Vabadussoja_Ajaloo_Komitee, lk 24
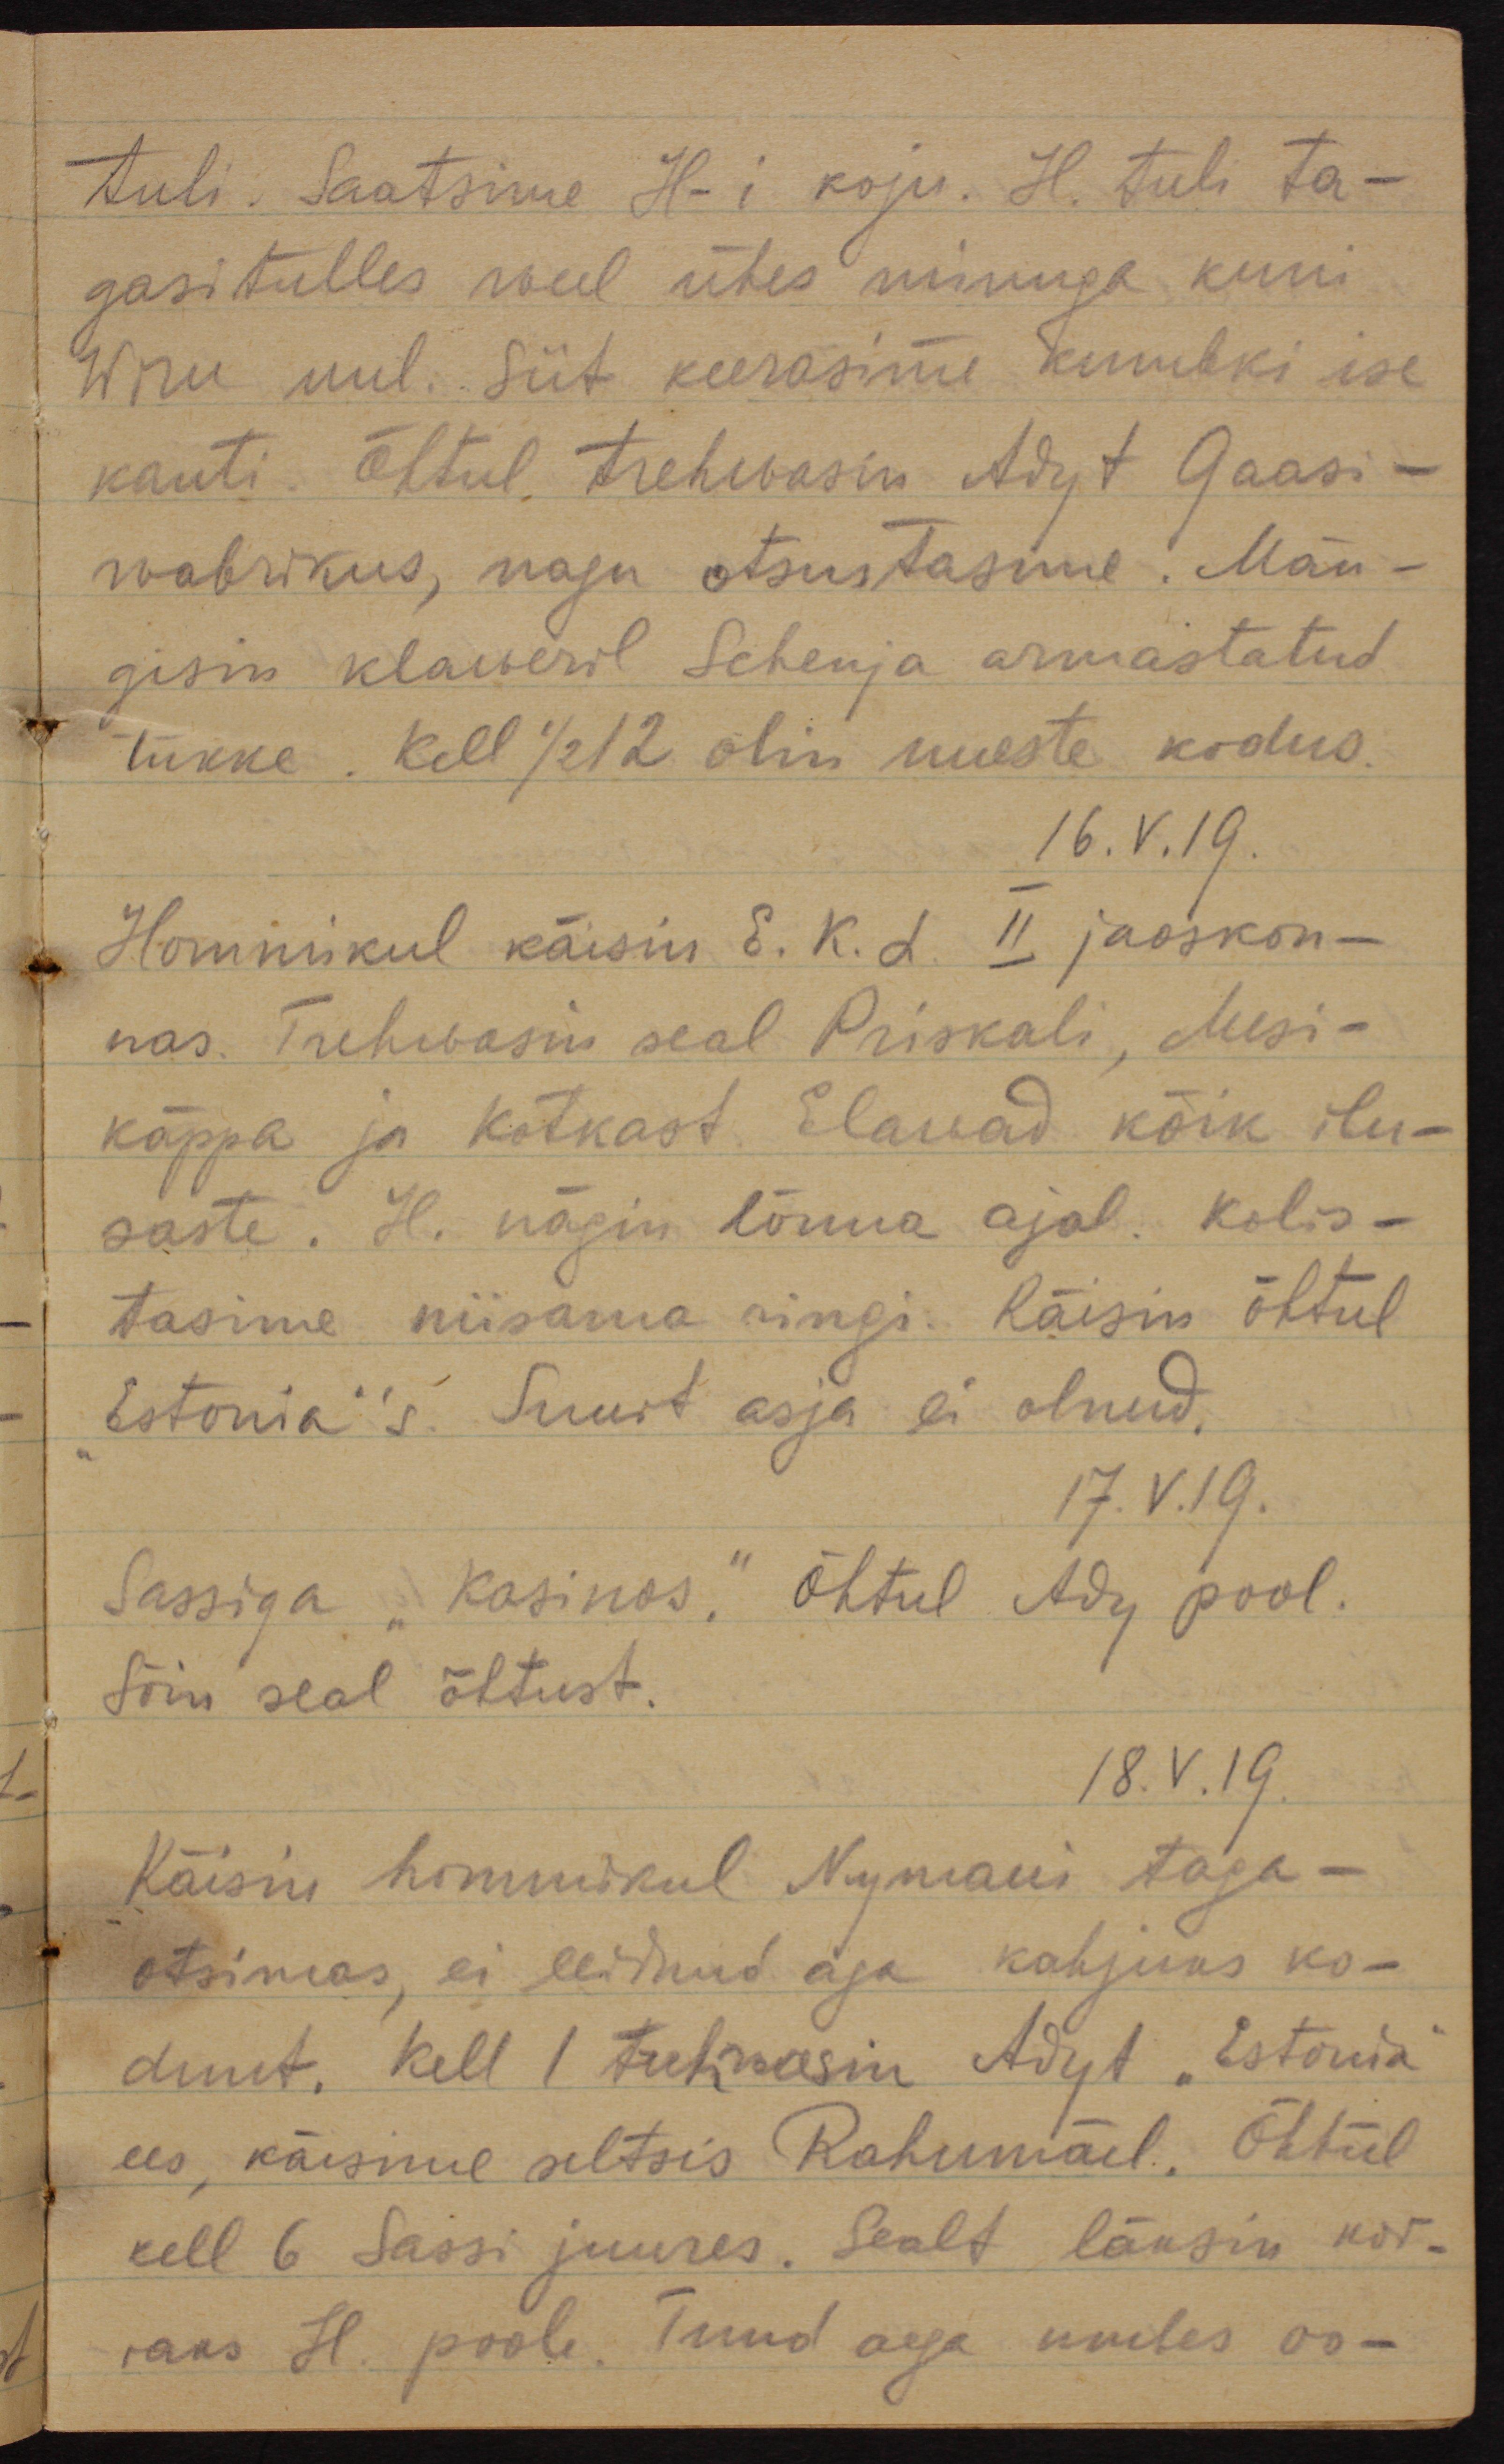
tuli. Saatsime H-i koju. H. tuli ta-
gasitulles weel ühes minuga kuni
Wiru uul. Siit keerasime kumbki ise 
kanti. Õhtul trehwasin Adyt Gaasi-
wabrikus, nagu otsustasime. Män-
gisin klaweril Schenja armastatud
tükke. Kell 1/2 12 olin uueste kodus.
16.V.19.
Hommikul käisin E. K. L. II jaoskon-
nas. Trehvasin seal Priskali, Mesi-
käppa ja Kotkast. Elawad kõik ilu-
saste. H. nägin lõuna ajal. Kolis-
tasime niisama ringi. Käisin õhtul
Estonia´´s. Suurt asja ei olnud.
17.V.19
Sassiga "Kasinos". Õhtul Ady pool.
Sõin seal õhtust.
18.V.19.
Käisin hommikul Nymani taga-
otsimas, ei leidnud aga kahjuks ka-
dunut. Kell 1 trehwasin Adyt "Estonia"
ees, käisime seltsis Rahumäel. Õhtul
kell 6 Sassi juures. Sealt läksin kor-
raks H. poole. Tund aega umbes oo-